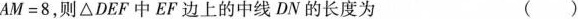
$$A M = 8$$，则\bigtriangleupDEF中EF边上的中线DN的长度为 ( )